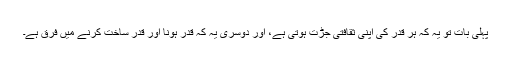
پہلی بات تو یہ کہ ہر قدر کی اپنی ثقافتی جُڑَت ہوتی ہے، اور دوسری یہ کہ قدر ہونا اور قدر ساخت کرنے میں فرق ہے۔